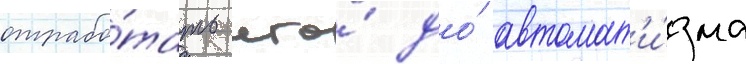
отрабо́тать его́ до́ автомат'и́зма